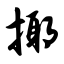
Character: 揶